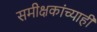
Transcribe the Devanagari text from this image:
समीक्षकांच्याही